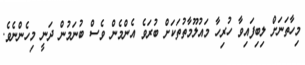
މިހާތަނަށް ލިބިފައިވާ ހުރިހާ މައުލޫމާތުތަކަށް ބުރަވެ އެންމެން ވެސް ބުނަމުން ދަނީ މިހެންނެވެ.